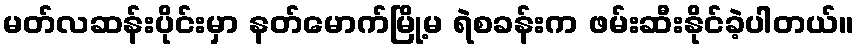
မတ်လဆန်းပိုင်းမှာ နတ်မောက်မြို့မ ရဲစခန်းက ဖမ်းဆီးနိုင်ခဲ့ပါတယ်။